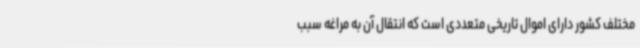
مختلف کشور دارای اموال تاریخی متعددی است که انتقال آن به مراغه سبب